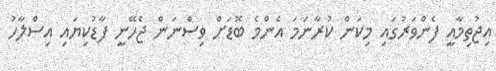
އިޖުތިމާއީ ފެންވަރުގައި މިކަން ކުރާނަމަ އެންމެ ބޮޑަށް ވިސްނަން ޖެހޭނީ ފާޑުކިޔައި އިސްލާހު